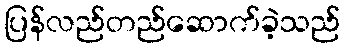
ပြန်လည်တည်ဆောက်ခဲ့သည်